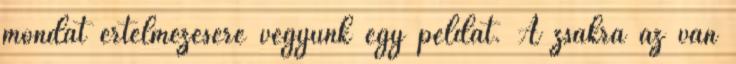
mondat értelmezésére vegyünk egy példát. A zsákra az van